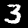
Digit: 3